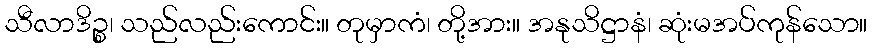
သီလာဒိဉ္စ၊ သည်လည်းကောင်း။ တုမှာကံ၊ တို့အား။ အနုသိဋ္ဌာနံ၊ ဆုံးမအပ်ကုန်သော။